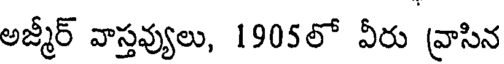
అజ్మీర్ వాస్తవ్యులు, 1905లో వీరు వ్రాసిన